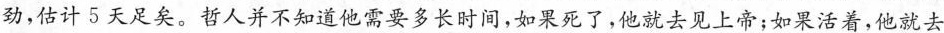
劲，估计5天足矣。哲人并不知道他需要多长时间，如果死了，他就去见上帝；如果活着，他就去